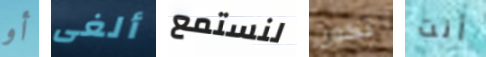
أو ألغى لنستمع تكون أنت